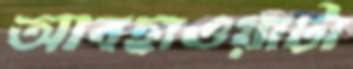
আবহাওয়াটা